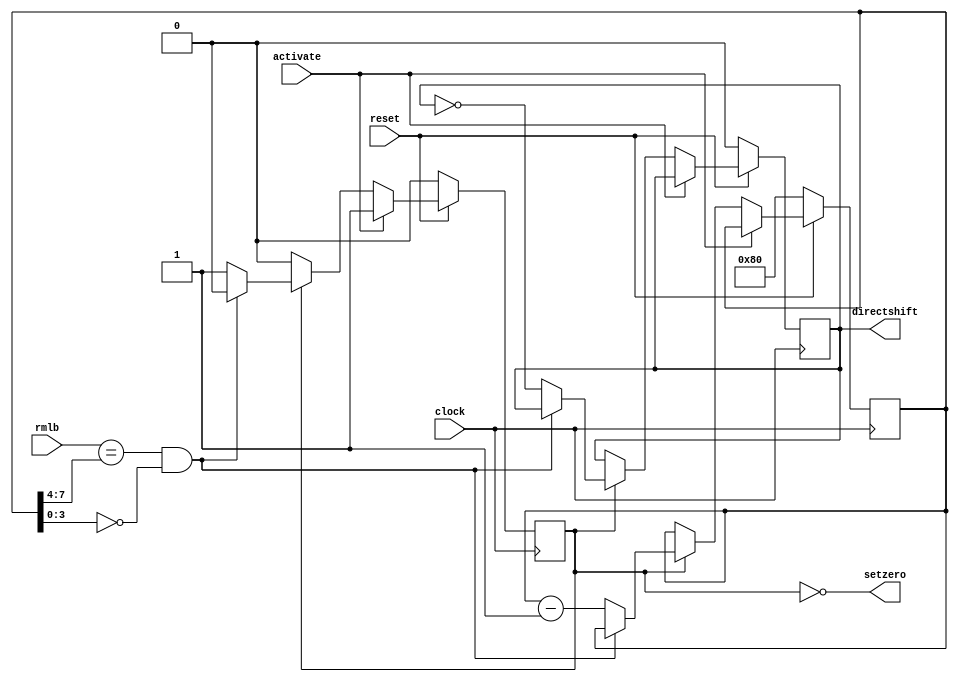
////////////////////////////////////////////////////////////////////////////////////////////////////
//
// Interessengruppe fuer Mikroelektronik und Eingebettete Systeme (IMES)
// Fachhochschule Dortmund
//
// Tool         : Mentor Graphics HDL Designer(TM) 2015.1b (Build 4)
// Description  : schnelles Schieben (ungeteilter Takt) des receive shift register
//                um Daten immer an selbe Position zu schieben. wenn DLC=8Byte 0 mal schieben,
//                wenn DLC=1Byte 56 mal schieben. Einsparung Multiplexer in decapuslation. Ein
//                Zhler wird von 128 heruntergezhlt, bis die oberen 4 Bit gleich DLC sind
//                und die unteren Null (Multiplikation 16). Es sind dann doppelt soviele 
//                Zhltakte wie Schiebetakte, pro Zhltakt wird Schiebesignal invertiert.
//                = Division /2. 8Bit=1Byte , 16/2=8
// Commentary   : DW 2005_06_30 clock Flanke von negativ auf positiv geaendert. 
//
// Changelog:
// -------------------------------------------------------------------------------------------------
// Version | Author             | Date       | Changes
// -------------------------------------------------------------------------------------------------
// 0.9     | Leduc              | 01.07.2019 | created
// -------------------------------------------------------------------------------------------------
//
////////////////////////////////////////////////////////////////////////////////////////////////////

//`resetall
//`timescale 1ns/10ps
//`default_nettype none

module fastshift2 (
  input  wire       reset,
  input  wire       clock,      // aussen
  input  wire       activate,   // MACFSM, activatefast
  input  wire [3:0] rmlb,       // recmeslen, Real Message Length Byte
  output wire       setzero,    // rshiftreg, Nullen nachschieben
  output wire       directshift // rshiftreg, Schiebetakt
  );

//tmrg default triplicate
//tmrg tmr_error false   

wire      reset_i;
assign    reset_i = reset;
reg       directshift_i;
reg       working;
reg [7:0] count;                    // Zhler Schiebetakte (luft abwrts)
reg [3:0] upper4count, lower4count; // unsigned
reg [3:0] rmlb_us;                  // unsigned
reg [7:0] count_us;                 // unsigned

//triplication signals
wire directshift_iVoted = directshift_i;
wire workingVoted = working;
wire [7:0] countVoted = count;
assign directshift = directshift_iVoted;
assign setzero     = ~workingVoted;       // wenn aktiv, eingang rshift auf 0


always@(posedge clock)  // DW 2005_06_30 clock Flanke von negativ auf positiv geaendert.
begin
  directshift_i <= directshift_iVoted;
  working <= workingVoted;
  count <= countVoted;
  if (reset_i == 1'b0)  // synchronous Reset, neg. clock edge
    begin
      working <= 1'b0;
      count <= 8'd128;          // Zhler zhlt runter! Reset=alles 1
      directshift_i <= 1'b0;
    end
  else if (activate == 1'b1)  // kurzes Signal startet!
    begin
      working <= 1'b1;
    end
  else if (workingVoted == 1'b1)   // runterzhlen bis obere 4 Bit=DLC und untere 4 Bit 0 
    begin                     // (da DLC in Byte *8 und *2 wg. Taktflanke directshift)
      if (!((rmlb_us == upper4count) && (lower4count == 4'd0))) // Abbruchbedingung
        begin
          directshift_i <= ~directshift_iVoted;  // taktsignal zum Schieben
          count         <= countVoted - 1;        // Zhler dekrementieren
        end
      else
        working <= 1'b0;  // Abbruchbedingung erreicht, abschalten
    end
end

always@(countVoted, rmlb) // Beer, 2018_06_22
begin
  count_us    = countVoted;
  upper4count = count_us[7:4];
  lower4count = count_us[3:0];
  rmlb_us     = rmlb;
end

endmodule